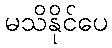
မသိနိုင်ပေ